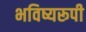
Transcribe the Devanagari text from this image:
भविष्यरूपी